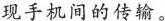
现手机间的传输。